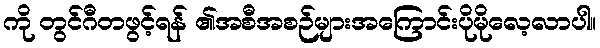
ကို တွင်ဂီတဖွင့်ရန် ၏အစီအစဉ်များအကြောင်းပိုမိုလေ့လာပါ။